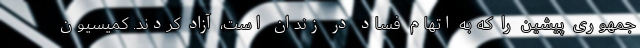
جمهوری پیشین را که به اتهام فساد در زندان است، آزاد کردند. کمیسیون